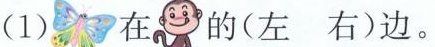
(1)在 的(左 右)边。